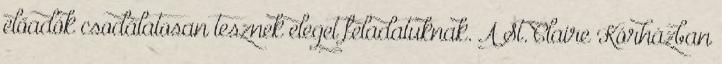
előadók csodálatosan tesznek eleget feladatuknak. A St. Claire Kórházban